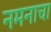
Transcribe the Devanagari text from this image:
नमनाचा